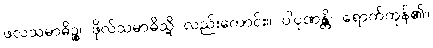
ဖလသမာဓိဉ္စ၊ ဖိုလ်သမာဓိသို့ လည်းကောင်း။ ပါပုဏန္တိ၊ ရောက်ကုန်၏။